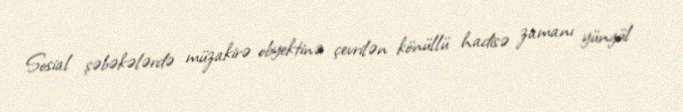
Sosial şəbəkələrdə müzakirə obyektinə çevrilən könüllü hadisə zamanı yüngül